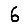
Digit: 6